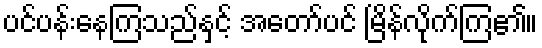
ပင်ပန်းနေကြသည်နှင့် အတော်ပင် မြိန်လိုက်ကြ၏။